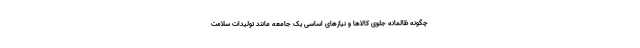
چگونه ظالمانه جلوی کالاها و نیازهای اساسی یک جامعه مانند تولیدات سلامت